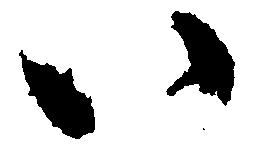
八